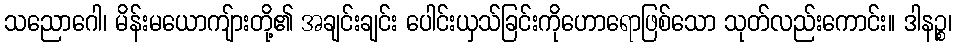
သညောဂေါ၊ မိန်းမယောကျ်ားတို့၏ အချင်းချင်း ပေါင်းယှသ်ခြင်းကိုဟောရောဖြစ်သော သုတ်လည်းကောင်း။ ဒါနဉ္စ၊